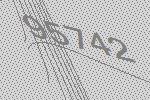
95742